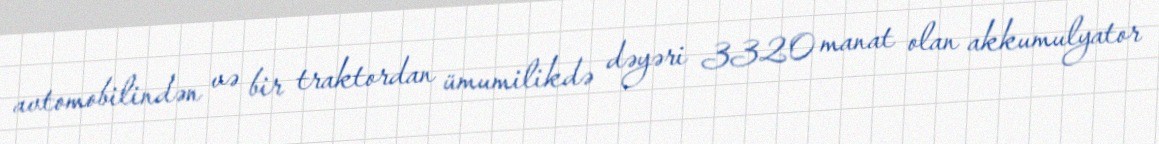
avtomobilindən və bir traktordan ümumilikdə dəyəri 3320 manat olan akkumulyator